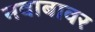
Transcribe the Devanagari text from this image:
नवाबावर